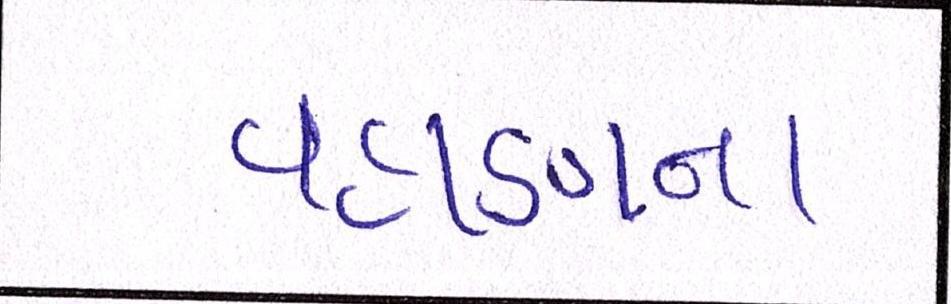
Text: વહાણના